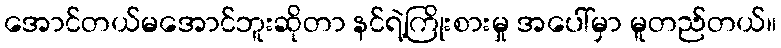
အောင်တယ်မအောင်ဘူးဆိုတာ နင်ရဲ့ကြိုးစားမှု အပေါ်မှာ မူတည်တယ်။